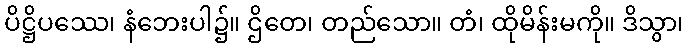
ပိဋ္ဌိပဿေ၊ နံဘေးပါ၌။ ဌိတေ၊ တည်သော။ တံ၊ ထိုမိန်းမကို။ ဒိသွာ၊